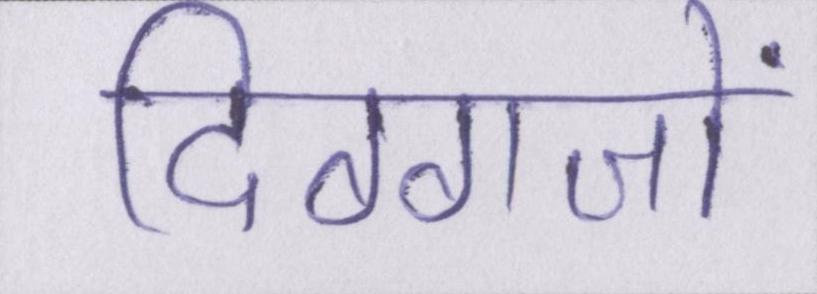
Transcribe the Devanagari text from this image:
दिग्गजों